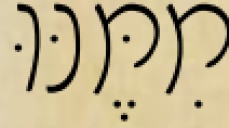
מִמֶּנּוּ